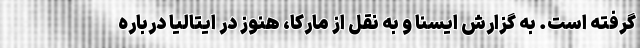
گرفته است. به گزارش ایسنا و به نقل از مارکا، هنوز در ایتالیا درباره